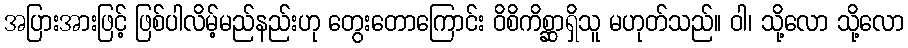
အပြားအားဖြင့် ဖြစ်ပါလိမ့်မည်နည်းဟု တွေးတောကြောင်း ဝိစိကိစ္ဆာရှိသူ မဟုတ်သည်။ ဝါ၊ သို့လော သို့လော